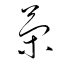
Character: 策